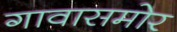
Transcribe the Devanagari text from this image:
गावासमोर